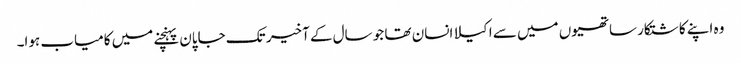
وہ اپنے کاشتکار ساتھیوں میں سے اکیلا انسان تھا جو سال کے آخیر تک جاپان پہنچنے میں کامیاب ہوا۔